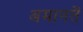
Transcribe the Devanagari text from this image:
अमानतें